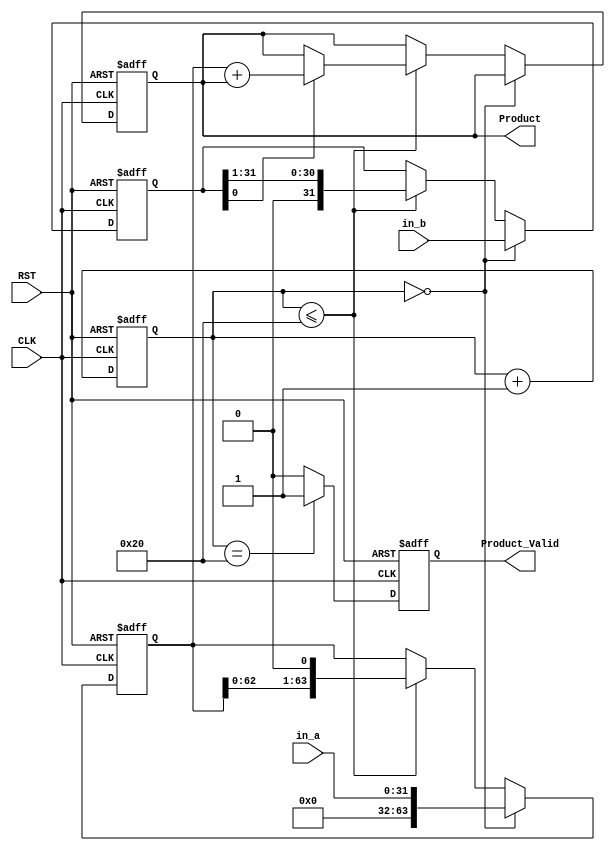
`timescale 1ns/1ps
module lab(CLK, RST, in_a, in_b, Product, Product_Valid);
input CLK, RST;
input [31:0]	in_a;// Multiplicand
input [31:0]	in_b;// Multiplier
output reg [63:0] Product;
output reg Product_Valid;

reg [63:0] Mplicand;
reg [31:0] Mplier;
reg [6:0]	Counter ;
reg	sign;

//Counter
always @(posedge CLK or posedge RST)
begin
	if(RST)
		Counter <=6'b0;
	else
		Counter <= Counter +6'b1;
end

//Multiplier
always @(posedge CLK or posedge RST)
begin
	//
	if(RST) begin
		Product  <= 64'b0;
		Mplicand <= 64'b0;
		Mplier   <= 32'b0;	
	end 
	
	//
	else if(Counter == 6'd0) begin
		Mplicand <= {32'b0,in_a};
		Mplier <= in_b;
	end 
	
	//
	/* write down your design below */
	else if(Counter <=6'd32) 
	begin
		if(Mplier[0] == 1'b1)	
			Product <= Mplicand + Product;
		Mplicand <= Mplicand << 1'b1;
		Mplier <= Mplier >> 1'b1;
	end 
	/* write down your design upon */
end

//
always @(posedge CLK or posedge RST)
begin
	if(RST)
		Product_Valid <=1'b0;
	else if(Counter==6'd32)
		Product_Valid <=1'b1;
	else
		Product_Valid <=1'b0;
end

endmodule